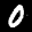
Label: 0